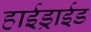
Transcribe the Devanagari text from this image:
हाईड्राईड